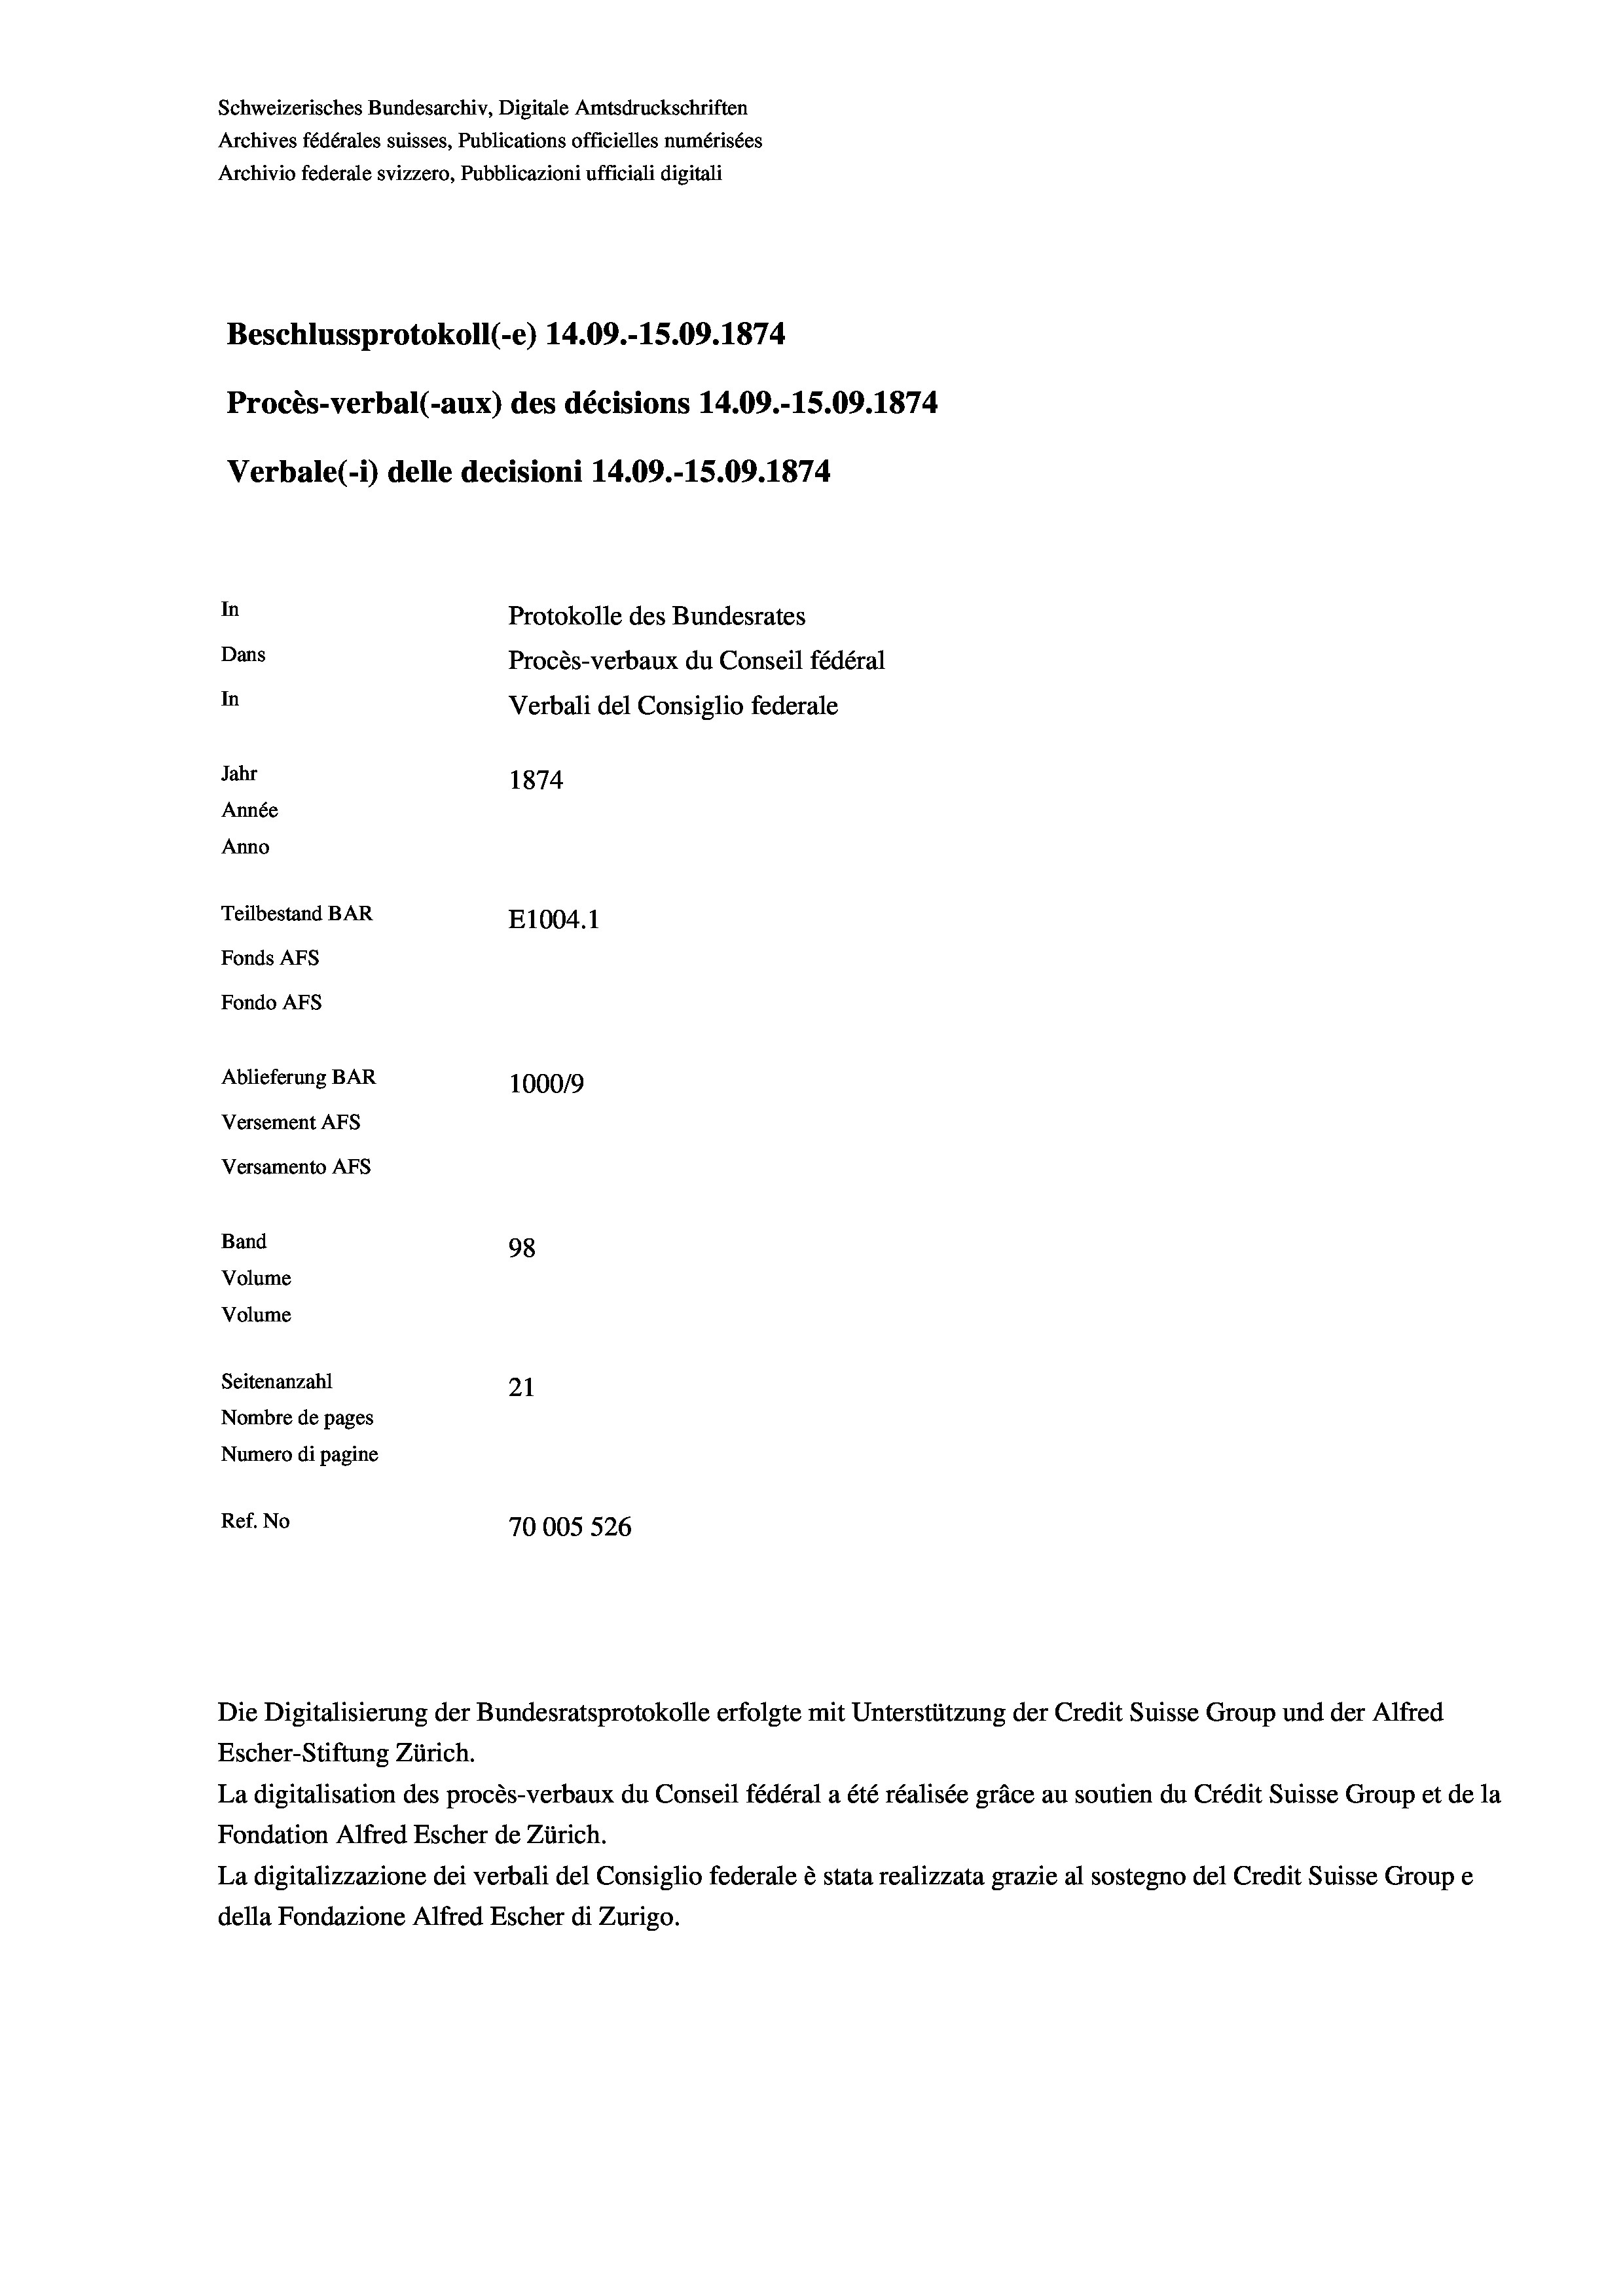
Schweizerisches Bundesarchiv, Digitale Amtsdruckschriften
Archives fédérales suisses, Publications officielles numérisées
Archivio federale svizzero, Pubblicazioni ufficiali digitali
Beschlussprotokoll (-e) 14.09.-15.09. 1874
Procès-verbal (-aux) des décisions 14.09.-15.09. 1874
Verbale (i) delle decisioni 14.09.-15.09. 1874
In
Protokolle des Bundesrates
Dans
Procès-verbaux du Conseil fédéral
In
Verbali del Consiglio federale
Jahr
1874
Année
Anno
Teilbestand BAR
E1004. 1
Fonds AFs
Fondo Afs
Ablieferung BAR
100019
Versement AFs
Versamento Afs
Band
98
Volume
Volume
Seitenanzahl
21
Nombre de pages
Numero di pagine
Ref. No
70005 526

Escher-Stiftung Zürich.
La digitalisation des procès-verbaux du Conseil fédéral a été réalisée gräce au soutien du Crédit Suisse Group et de la
Fondation Alfred Escher de Zürich.
La digitalizzazione dei verbali del Consiglio federale è stata realizzata grazie al sostegno del Credit Suisse Groupe
della Fondazione Alfred Escher di Zurigo.

Die Digitalisierung der Bundesratsprotokolle erfolgte mit Unterstützung der Credit Suisse Group und der Alfred